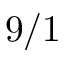
9 / 1